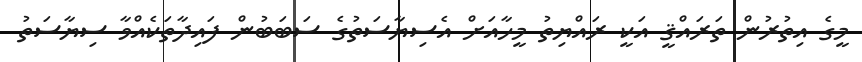
މީގެ އިތުރުން ތަރައްޤީ އަކީ ރައްޔިތު މީހާއަށް އެސިޔާސަތުގެ ސަބަބުން ފައިދާތަކެއްވާ ސިޔާސަތު